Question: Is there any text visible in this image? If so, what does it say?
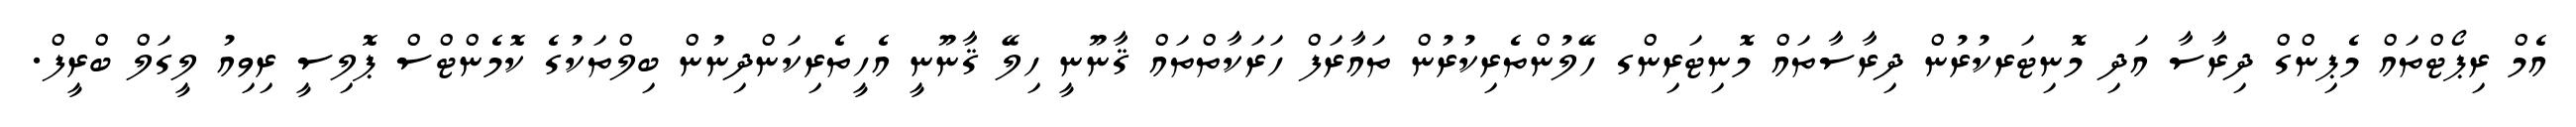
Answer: އެމް ރިޕޯޓްތައް މެޕިންގް ދިރާސާ އަދި މޮނިޓަރކުރުން ދިރާސާތައް މޮނިޓަރިންގ ހޭލުންތެރިކުރުން ތައާރަފް ހަރަކާތްތައް ޤާނޫނީ ހިލޭ ޤާނޫނީ އެހީތެރިކަންދިނުން ބިލްތަކުގެ ކޮމެންޓްސް ޕޮލިސީ ރިވިއު ލީގަލް ބްރީފް.